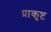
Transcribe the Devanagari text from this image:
प्राकृष्ट